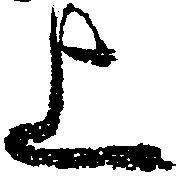
上